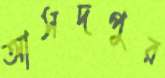
আসদপুর